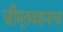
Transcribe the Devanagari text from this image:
जीमूतवाहनाचा